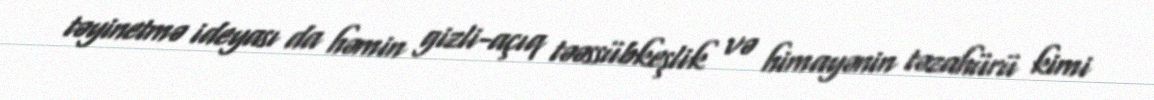
təyinetmə ideyası da həmin gizli-açıq təəssübkeşlik və himayənin təzahürü kimi